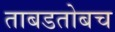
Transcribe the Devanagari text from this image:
ताबडतोबच